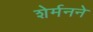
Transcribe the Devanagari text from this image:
शेर्मनने